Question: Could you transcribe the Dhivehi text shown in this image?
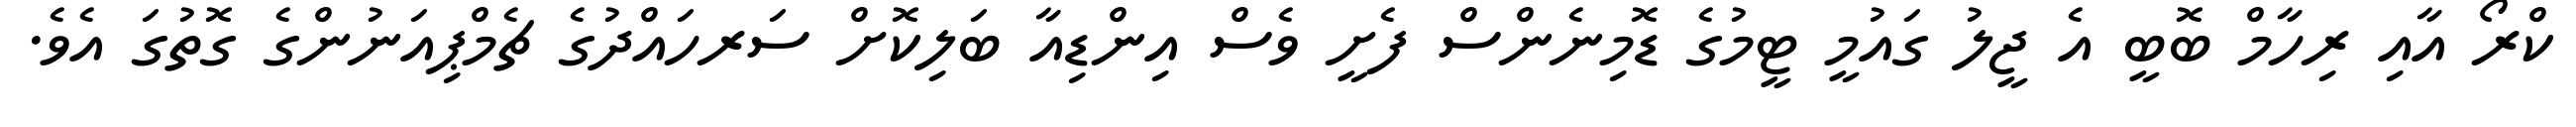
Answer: ކްރޯ އާއި ރިހާމް ބޮބީ އެ ޖީލު ގައުމީ ޓީމުގެ ޑޮމިނެންސް ފެށީ ވެސް އިންޑިއާ ބަލިކޮށް ސަރހައްދުގެ ޗެމްޕިއަނުންގެ ގޮތުގަ އެވެ.